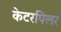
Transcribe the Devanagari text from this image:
केटरपिलर